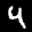
Label: 4